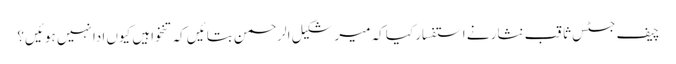
چیف جسٹس ثاقب نثار نے استفسار کیا کہ میر شکیل الرحمن بتائیں کہ تنخواہیں کیوں ادا نہیں ہوئیں؟